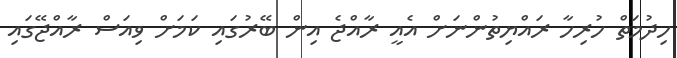
ހިދުމަތް ހުރިހާ ރައްޔިތުންނަށް އެއީ ރާއްޖެ އިން ބޭރުގައި ކަމަށް ވިއަސް ރާއްޖޭގައި